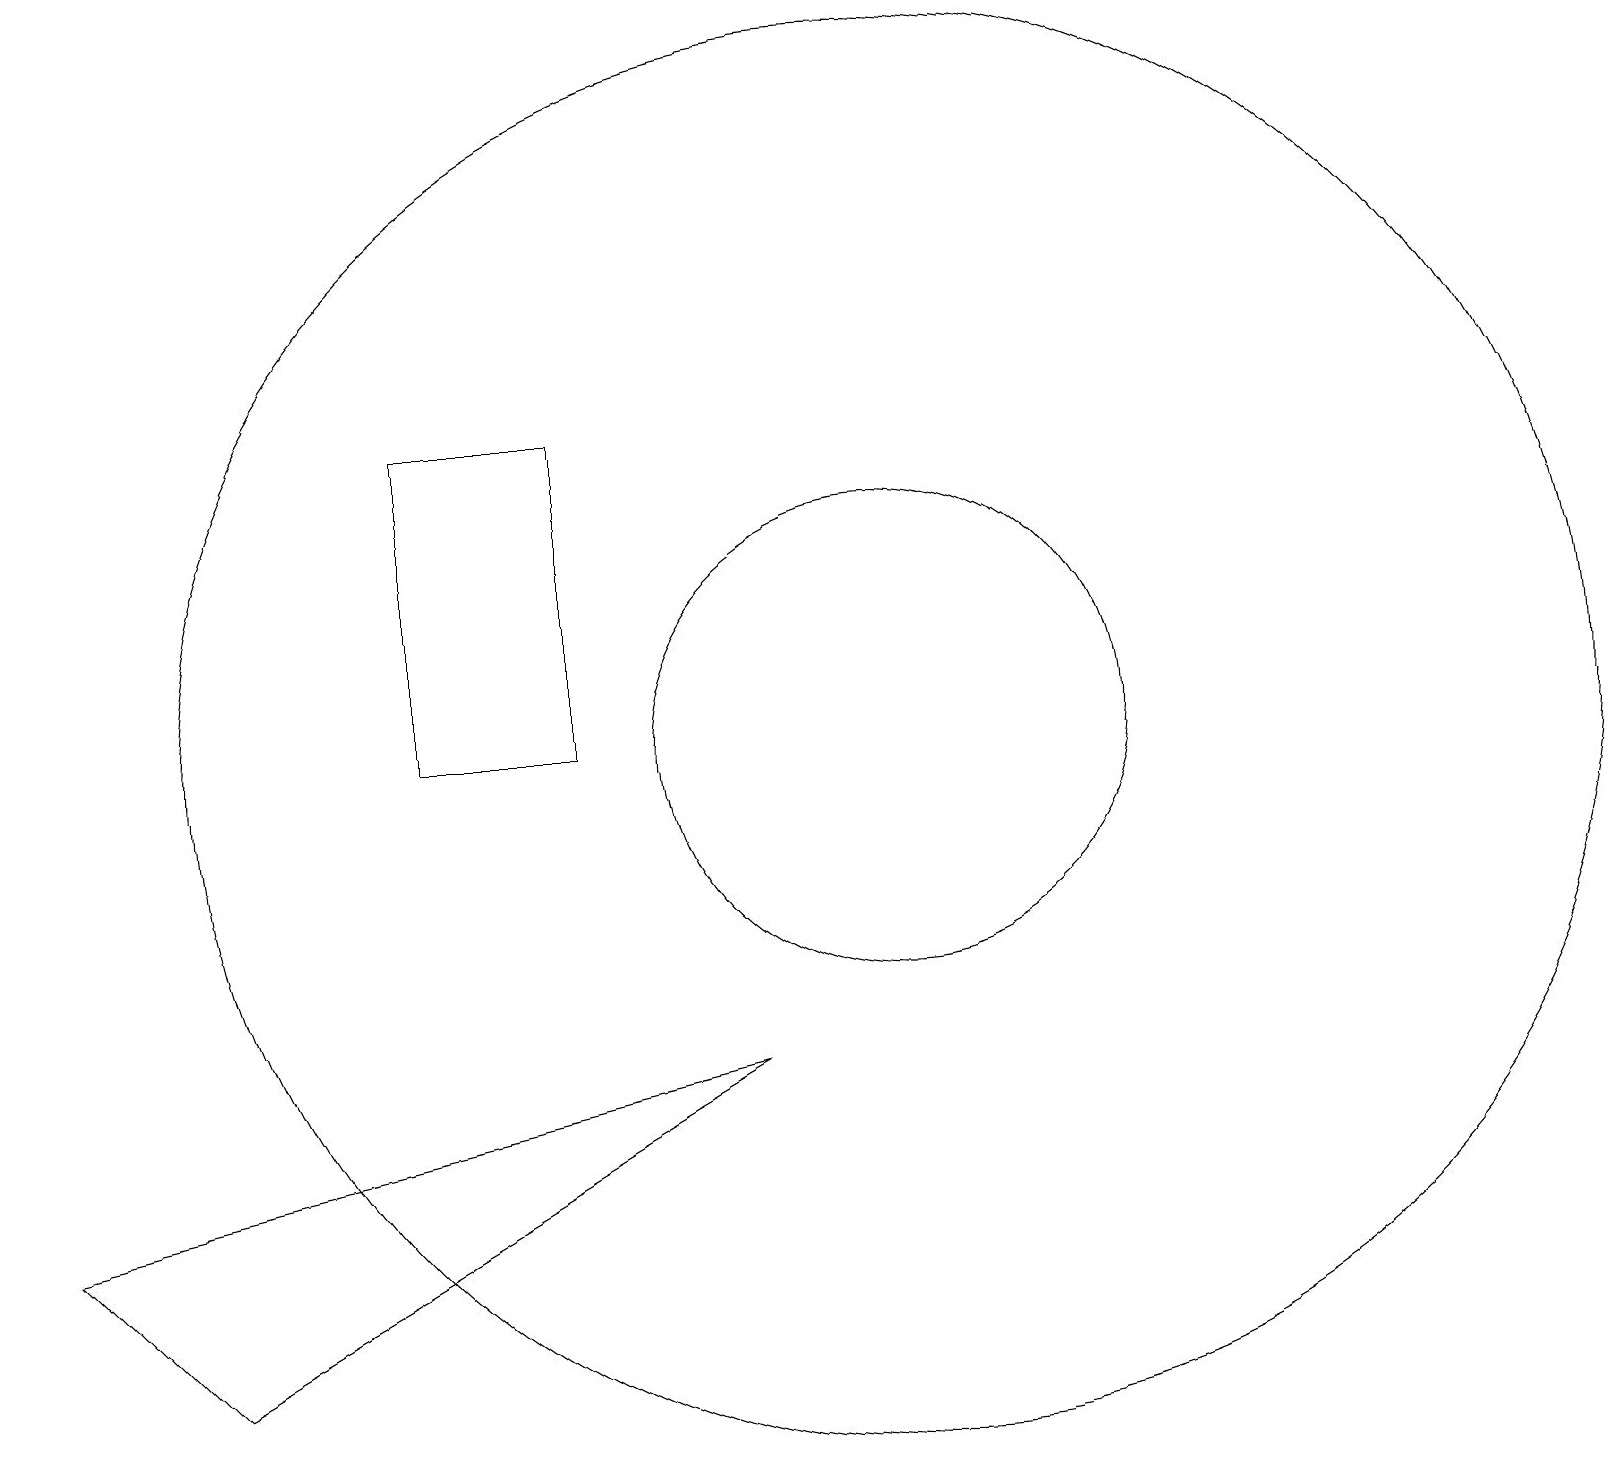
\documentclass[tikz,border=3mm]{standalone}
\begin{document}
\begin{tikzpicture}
\draw (11,10) circle (9);
\draw (5,10) rectangle (7,14);
\draw (9,6) -- (0,4) -- (2,2) -- cycle;
\draw (11,10) circle (3);
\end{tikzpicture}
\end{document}